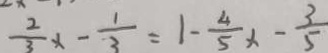
\frac { 2 } { 3 } x - \frac { 1 } { 3 } = 1 - \frac { 4 } { 5 } x - \frac { 3 } { 5 }